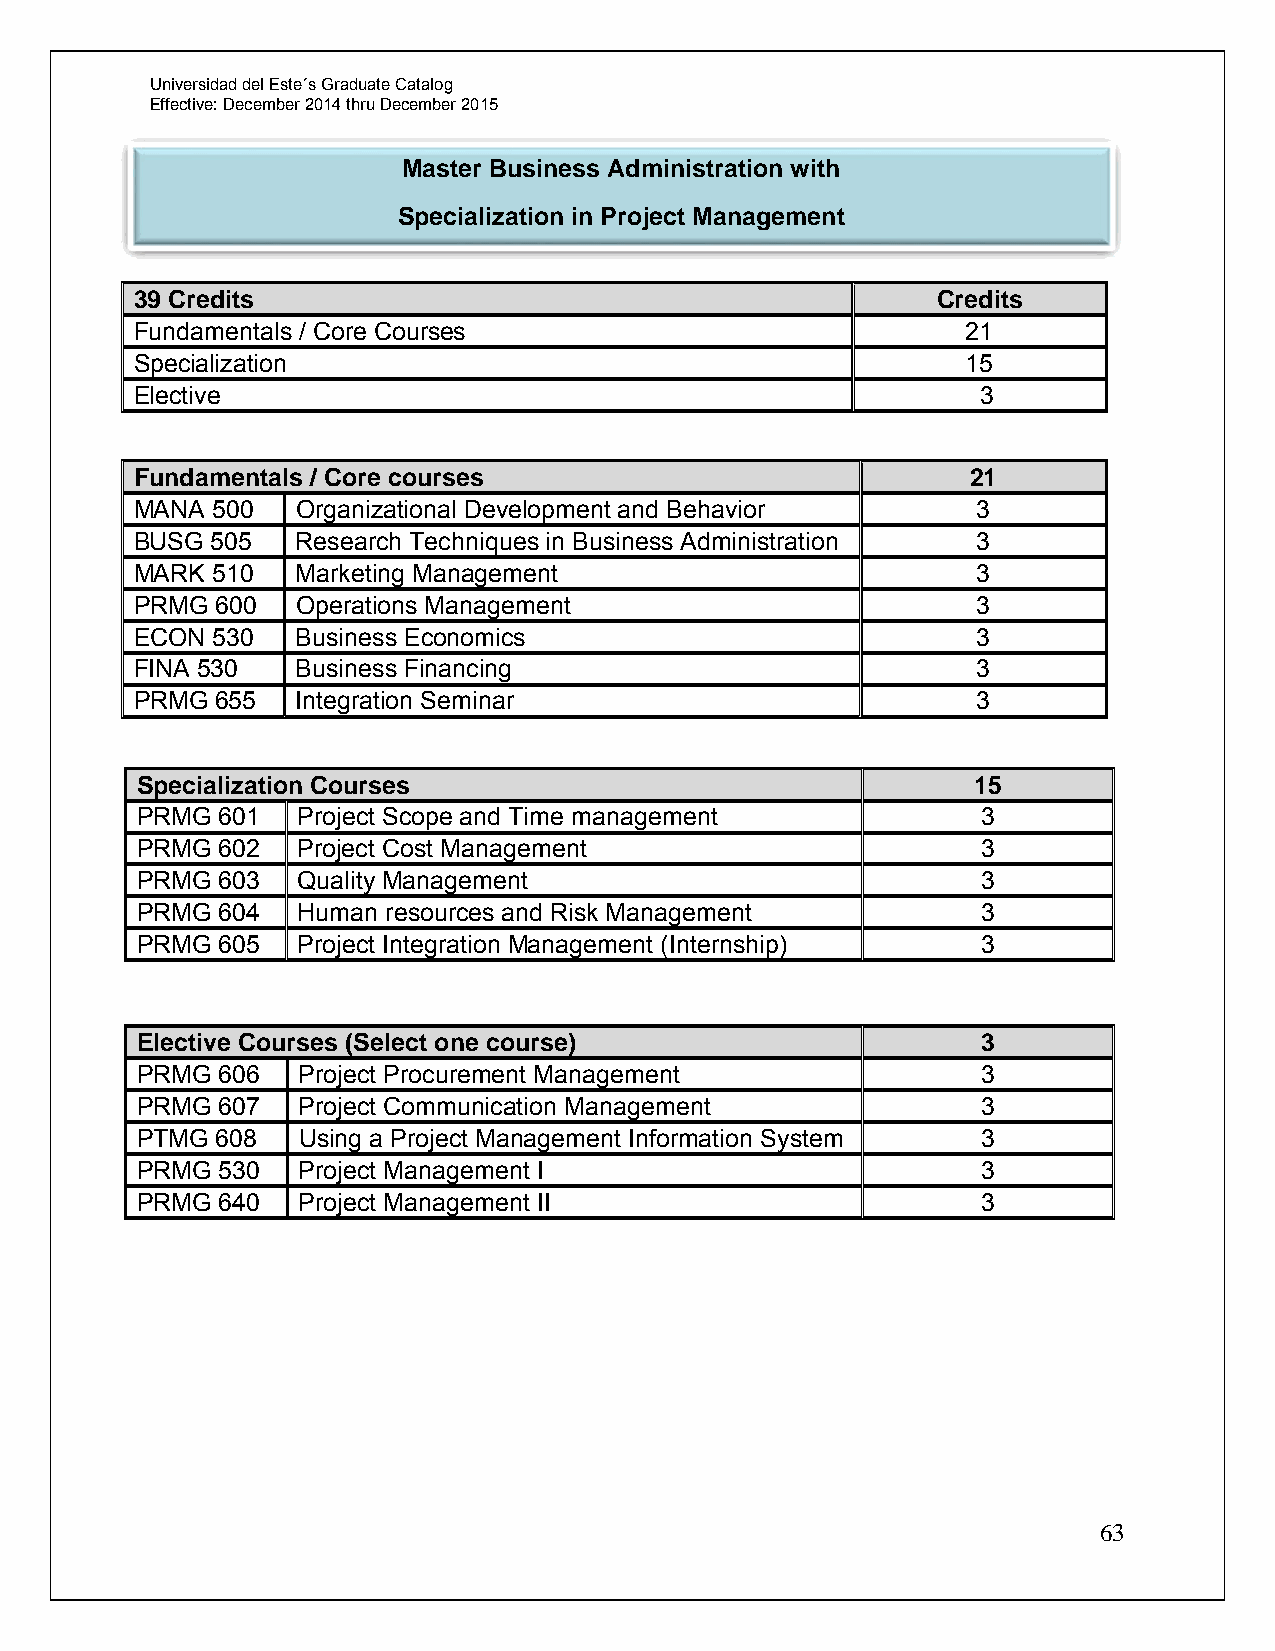
Universidad del Este´s Graduate Catalog
 Effective: December 2014 thru December 2015
 Master Business Administration with
 Specialization in Project Management
 39 Credits                                           Credits
 Fundamentals / Core Courses                            21
 Specialization                                         15
 Elective                                                3
 Fundamentals / Core courses                            21
 MANA 500   Organizational Development and Behavior      3
 BUSG 505   Research Techniques in Business Administration 3
 MARK 510   Marketing Management                         3
 PRMG 600   Operations Management                        3
 ECON 530   Business Economics                           3
 FINA 530   Business Financing                           3
 PRMG 655   Integration Seminar                          3
 Specialization Courses                                 15
 PRMG 601   Project Scope and Time management            3
 PRMG 602   Project Cost Management                      3
 PRMG 603   Quality Management                           3
 PRMG 604   Human resources and Risk Management          3
 PRMG 605   Project Integration Management (Internship)  3
 Elective Courses (Select one course)                    3
 PRMG 606   Project Procurement Management               3
 PRMG 607   Project Communication Management             3
 PTMG 608   Using a Project Management Information System 3
 PRMG 530   Project Management I                         3
 PRMG 640   Project Management II                        3
 63